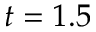
t = 1 . 5